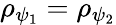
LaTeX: \rho_{\psi_{1}}=\rho_{\psi_{2}}